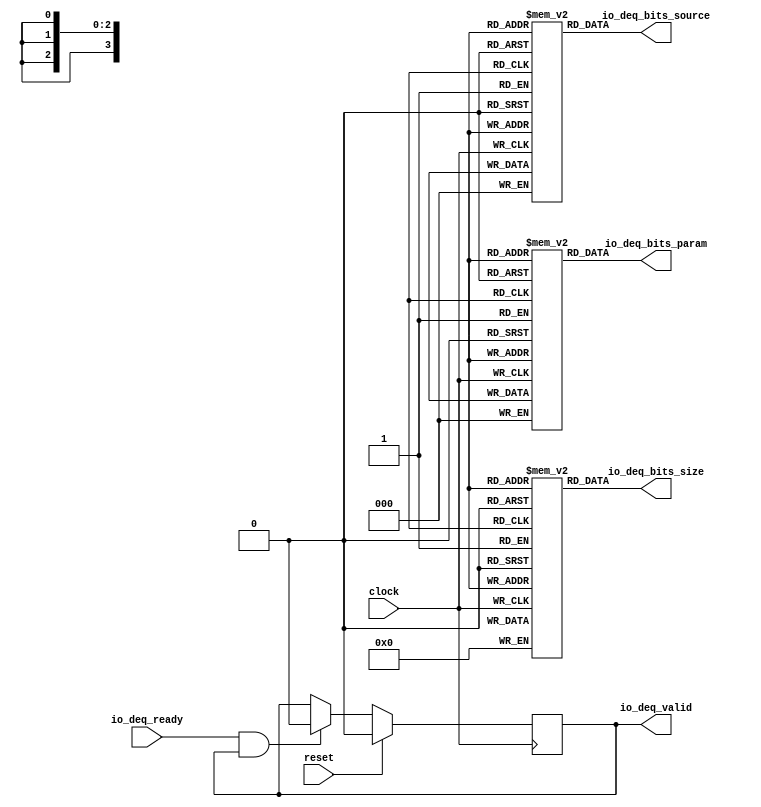
// Copyright (c) 2017, Microsemi Corporation
// All rights reserved.
//
// Redistribution and use in source and binary forms, with or without
// modification, are permitted provided that the following conditions are met:
//     * Redistributions of source code must retain the above copyright
//       notice, this list of conditions and the following disclaimer.
//     * Redistributions in binary form must reproduce the above copyright
//       notice, this list of conditions and the following disclaimer in the
//       documentation and/or other materials provided with the distribution.
//     * Neither the name of the <organization> nor the
//       names of its contributors may be used to endorse or promote products
//       derived from this software without specific prior written permission.
//
// THIS SOFTWARE IS PROVIDED BY THE COPYRIGHT HOLDERS AND CONTRIBUTORS "AS IS" AND
// ANY EXPRESS OR IMPLIED WARRANTIES, INCLUDING, BUT NOT LIMITED TO, THE IMPLIED
// WARRANTIES OF MERCHANTABILITY AND FITNESS FOR A PARTICULAR PURPOSE ARE
// DISCLAIMED. IN NO EVENT SHALL MICROSEMI CORPORATIONM BE LIABLE FOR ANY
// DIRECT, INDIRECT, INCIDENTAL, SPECIAL, EXEMPLARY, OR CONSEQUENTIAL DAMAGES
// (INCLUDING, BUT NOT LIMITED TO, PROCUREMENT OF SUBSTITUTE GOODS OR SERVICES;
// LOSS OF USE, DATA, OR PROFITS; OR BUSINESS INTERRUPTION) HOWEVER CAUSED AND
// ON ANY THEORY OF LIABILITY, WHETHER IN CONTRACT, STRICT LIABILITY, OR TORT
// (INCLUDING NEGLIGENCE OR OTHERWISE) ARISING IN ANY WAY OUT OF THE USE OF THIS
// SOFTWARE, EVEN IF ADVISED OF THE POSSIBILITY OF SUCH DAMAGE.
//
// APACHE LICENSE
// Copyright (c) 2017, Microsemi Corporation 
//
// Licensed under the Apache License, Version 2.0 (the "License");
// you may not use this file except in compliance with the License.
// You may obtain a copy of the License at
//
//    http://www.apache.org/licenses/LICENSE-2.0
//
// Unless required by applicable law or agreed to in writing, software
// distributed under the License is distributed on an "AS IS" BASIS,
// WITHOUT WARRANTIES OR CONDITIONS OF ANY KIND, either express or implied.
// See the License for the specific language governing permissions and
// limitations under the License.
//
// Description:
//
// SVN Revision Information:
// SVN $Revision: $
// SVN $Date: $
//
// Resolved SARs
// SAR      Date     Who   Description
//
// Notes:
//
// ****************************************************************************/
`ifndef RANDOMIZE_REG_INIT 
	 `define RANDOMIZE_REG_INIT 
 `endif
`ifndef RANDOMIZE_MEM_INIT 
	 `define RANDOMIZE_MEM_INIT 
 `endif
`ifndef RANDOMIZE 
	 `define RANDOMIZE 
`endif

`timescale 1ns/10ps
module MiV_AXI_MiV_AXI_0_MIV_RV32IMA_L1_AXI_QUEUE_56( // @[:freechips.rocketchip.system.MivRV32ImaL1AhbConfig.fir@116843.2]
  input        clock, // @[:freechips.rocketchip.system.MivRV32ImaL1AhbConfig.fir@116844.4]
  input        reset, // @[:freechips.rocketchip.system.MivRV32ImaL1AhbConfig.fir@116845.4]
  input        io_deq_ready, // @[:freechips.rocketchip.system.MivRV32ImaL1AhbConfig.fir@116846.4]
  output       io_deq_valid, // @[:freechips.rocketchip.system.MivRV32ImaL1AhbConfig.fir@116846.4]
  output [2:0] io_deq_bits_param, // @[:freechips.rocketchip.system.MivRV32ImaL1AhbConfig.fir@116846.4]
  output [3:0] io_deq_bits_size, // @[:freechips.rocketchip.system.MivRV32ImaL1AhbConfig.fir@116846.4]
  output [2:0] io_deq_bits_source // @[:freechips.rocketchip.system.MivRV32ImaL1AhbConfig.fir@116846.4]
);
  reg [2:0] ram_param [0:0] /* synthesis syn_ramstyle = "registers" */; // @[Decoupled.scala 211:24:freechips.rocketchip.system.MivRV32ImaL1AhbConfig.fir@116848.4]
  reg [31:0] _RAND_0;
  wire [2:0] ram_param__T_42_data; // @[Decoupled.scala 211:24:freechips.rocketchip.system.MivRV32ImaL1AhbConfig.fir@116848.4]
  wire  ram_param__T_42_addr; // @[Decoupled.scala 211:24:freechips.rocketchip.system.MivRV32ImaL1AhbConfig.fir@116848.4]
  wire [2:0] ram_param__T_33_data; // @[Decoupled.scala 211:24:freechips.rocketchip.system.MivRV32ImaL1AhbConfig.fir@116848.4]
  wire  ram_param__T_33_addr; // @[Decoupled.scala 211:24:freechips.rocketchip.system.MivRV32ImaL1AhbConfig.fir@116848.4]
  wire  ram_param__T_33_mask; // @[Decoupled.scala 211:24:freechips.rocketchip.system.MivRV32ImaL1AhbConfig.fir@116848.4]
  wire  ram_param__T_33_en; // @[Decoupled.scala 211:24:freechips.rocketchip.system.MivRV32ImaL1AhbConfig.fir@116848.4]
  reg [3:0] ram_size [0:0] /* synthesis syn_ramstyle = "registers" */; // @[Decoupled.scala 211:24:freechips.rocketchip.system.MivRV32ImaL1AhbConfig.fir@116848.4]
  reg [31:0] _RAND_1;
  wire [3:0] ram_size__T_42_data; // @[Decoupled.scala 211:24:freechips.rocketchip.system.MivRV32ImaL1AhbConfig.fir@116848.4]
  wire  ram_size__T_42_addr; // @[Decoupled.scala 211:24:freechips.rocketchip.system.MivRV32ImaL1AhbConfig.fir@116848.4]
  wire [3:0] ram_size__T_33_data; // @[Decoupled.scala 211:24:freechips.rocketchip.system.MivRV32ImaL1AhbConfig.fir@116848.4]
  wire  ram_size__T_33_addr; // @[Decoupled.scala 211:24:freechips.rocketchip.system.MivRV32ImaL1AhbConfig.fir@116848.4]
  wire  ram_size__T_33_mask; // @[Decoupled.scala 211:24:freechips.rocketchip.system.MivRV32ImaL1AhbConfig.fir@116848.4]
  wire  ram_size__T_33_en; // @[Decoupled.scala 211:24:freechips.rocketchip.system.MivRV32ImaL1AhbConfig.fir@116848.4]
  reg [2:0] ram_source [0:0] /* synthesis syn_ramstyle = "registers" */; // @[Decoupled.scala 211:24:freechips.rocketchip.system.MivRV32ImaL1AhbConfig.fir@116848.4]
  reg [31:0] _RAND_2;
  wire [2:0] ram_source__T_42_data; // @[Decoupled.scala 211:24:freechips.rocketchip.system.MivRV32ImaL1AhbConfig.fir@116848.4]
  wire  ram_source__T_42_addr; // @[Decoupled.scala 211:24:freechips.rocketchip.system.MivRV32ImaL1AhbConfig.fir@116848.4]
  wire [2:0] ram_source__T_33_data; // @[Decoupled.scala 211:24:freechips.rocketchip.system.MivRV32ImaL1AhbConfig.fir@116848.4]
  wire  ram_source__T_33_addr; // @[Decoupled.scala 211:24:freechips.rocketchip.system.MivRV32ImaL1AhbConfig.fir@116848.4]
  wire  ram_source__T_33_mask; // @[Decoupled.scala 211:24:freechips.rocketchip.system.MivRV32ImaL1AhbConfig.fir@116848.4]
  wire  ram_source__T_33_en; // @[Decoupled.scala 211:24:freechips.rocketchip.system.MivRV32ImaL1AhbConfig.fir@116848.4]
  reg  maybe_full; // @[Decoupled.scala 214:35:freechips.rocketchip.system.MivRV32ImaL1AhbConfig.fir@116849.4]
  reg [31:0] _RAND_3;
  wire  empty; // @[Decoupled.scala 217:36:freechips.rocketchip.system.MivRV32ImaL1AhbConfig.fir@116851.4]
  wire  do_deq; // @[Decoupled.scala 30:37:freechips.rocketchip.system.MivRV32ImaL1AhbConfig.fir@116857.4]
  wire  _GEN_10; // @[Decoupled.scala 229:27:freechips.rocketchip.system.MivRV32ImaL1AhbConfig.fir@116873.4]
  wire  _T_38; // @[Decoupled.scala 233:19:freechips.rocketchip.system.MivRV32ImaL1AhbConfig.fir@116876.4]
  assign ram_param__T_42_addr = 1'h0;
  assign ram_param__T_42_data = ram_param[ram_param__T_42_addr]; // @[Decoupled.scala 211:24:freechips.rocketchip.system.MivRV32ImaL1AhbConfig.fir@116848.4]
  assign ram_param__T_33_data = 3'h0;
  assign ram_param__T_33_addr = 1'h0;
  assign ram_param__T_33_mask = 1'h0;
  assign ram_param__T_33_en = 1'h0;
  assign ram_size__T_42_addr = 1'h0;
  assign ram_size__T_42_data = ram_size[ram_size__T_42_addr]; // @[Decoupled.scala 211:24:freechips.rocketchip.system.MivRV32ImaL1AhbConfig.fir@116848.4]
  assign ram_size__T_33_data = 4'h0;
  assign ram_size__T_33_addr = 1'h0;
  assign ram_size__T_33_mask = 1'h0;
  assign ram_size__T_33_en = 1'h0;
  assign ram_source__T_42_addr = 1'h0;
  assign ram_source__T_42_data = ram_source[ram_source__T_42_addr]; // @[Decoupled.scala 211:24:freechips.rocketchip.system.MivRV32ImaL1AhbConfig.fir@116848.4]
  assign ram_source__T_33_data = 3'h0;
  assign ram_source__T_33_addr = 1'h0;
  assign ram_source__T_33_mask = 1'h0;
  assign ram_source__T_33_en = 1'h0;
  assign empty = maybe_full == 1'h0; // @[Decoupled.scala 217:36:freechips.rocketchip.system.MivRV32ImaL1AhbConfig.fir@116851.4]
  assign do_deq = io_deq_ready & io_deq_valid; // @[Decoupled.scala 30:37:freechips.rocketchip.system.MivRV32ImaL1AhbConfig.fir@116857.4]
  assign _GEN_10 = do_deq ? 1'h0 : maybe_full; // @[Decoupled.scala 229:27:freechips.rocketchip.system.MivRV32ImaL1AhbConfig.fir@116873.4]
  assign _T_38 = empty == 1'h0; // @[Decoupled.scala 233:19:freechips.rocketchip.system.MivRV32ImaL1AhbConfig.fir@116876.4]
  assign io_deq_valid = _T_38;
  assign io_deq_bits_param = ram_param__T_42_data;
  assign io_deq_bits_size = ram_size__T_42_data;
  assign io_deq_bits_source = ram_source__T_42_data;
`ifdef RANDOMIZE
  integer initvar;
  initial begin
    `ifndef verilator
      #0.002 begin end
    `endif
  _RAND_0 = {1{32'b0}};
  `ifdef RANDOMIZE_MEM_INIT
  for (initvar = 0; initvar < 1; initvar = initvar+1)
    ram_param[initvar] = _RAND_0[2:0];
  `endif // RANDOMIZE_MEM_INIT
  _RAND_1 = {1{32'b0}};
  `ifdef RANDOMIZE_MEM_INIT
  for (initvar = 0; initvar < 1; initvar = initvar+1)
    ram_size[initvar] = _RAND_1[3:0];
  `endif // RANDOMIZE_MEM_INIT
  _RAND_2 = {1{32'b0}};
  `ifdef RANDOMIZE_MEM_INIT
  for (initvar = 0; initvar < 1; initvar = initvar+1)
    ram_source[initvar] = _RAND_2[2:0];
  `endif // RANDOMIZE_MEM_INIT
  `ifdef RANDOMIZE_REG_INIT
  _RAND_3 = {1{32'b0}};
  maybe_full = _RAND_3[0:0];
  `endif // RANDOMIZE_REG_INIT
  end
`endif // RANDOMIZE
  always @(posedge clock) begin
    if(ram_param__T_33_en & ram_param__T_33_mask) begin
      ram_param[ram_param__T_33_addr] <= ram_param__T_33_data; // @[Decoupled.scala 211:24:freechips.rocketchip.system.MivRV32ImaL1AhbConfig.fir@116848.4]
    end
    if(ram_size__T_33_en & ram_size__T_33_mask) begin
      ram_size[ram_size__T_33_addr] <= ram_size__T_33_data; // @[Decoupled.scala 211:24:freechips.rocketchip.system.MivRV32ImaL1AhbConfig.fir@116848.4]
    end
    if(ram_source__T_33_en & ram_source__T_33_mask) begin
      ram_source[ram_source__T_33_addr] <= ram_source__T_33_data; // @[Decoupled.scala 211:24:freechips.rocketchip.system.MivRV32ImaL1AhbConfig.fir@116848.4]
    end
    if (reset) begin
      maybe_full <= 1'h0;
    end else begin
      if (do_deq) begin
        maybe_full <= 1'h0;
      end
    end
  end
endmodule